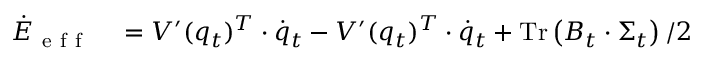
\begin{array} { r l } { \dot { E } _ { \mathrm { ~ e ~ f ~ f ~ } } } & { { } = V ^ { \prime } ( q _ { t } ) ^ { T } \cdot \dot { q } _ { t } - V ^ { \prime } ( q _ { t } ) ^ { T } \cdot \dot { q } _ { t } + \operatorname { T r } \left( B _ { t } \cdot \Sigma _ { t } \right) / 2 } \end{array}